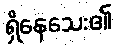
ရှိနေသေး၏